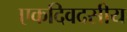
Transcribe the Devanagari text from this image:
एकदिवदसीय